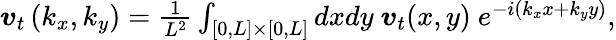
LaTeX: \begin{array}{r}{\boldsymbol{v}_{t}\left(k_{x},k_{y}\right)=\frac{1}{L^{2}}\int_{[0,L]\times[0,L]}dxdy\ \boldsymbol{v}_{t}(x,y)\ e^{-i(k_{x}x+k_{y}y)},}\end{array}